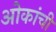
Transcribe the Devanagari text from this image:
ओकांची